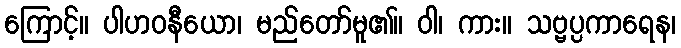
ကြောင့်။ ပါဟဝနီယော၊ မည်တော်မူ၏။ ဝါ၊ ကား။ သဗ္ဗပ္ပကာရေန၊